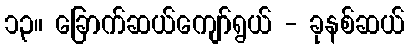
၁၃။ ခြောက်ဆယ်ကျော်ရွယ် - ခုနစ်ဆယ်